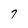
Character: 7